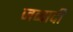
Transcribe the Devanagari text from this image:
जव्वादी